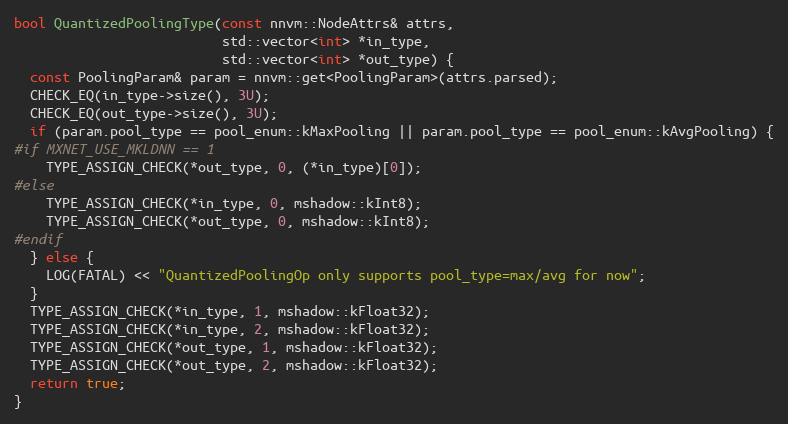
Language: C++
bool QuantizedPoolingType(const nnvm::NodeAttrs& attrs,
                          std::vector<int> *in_type,
                          std::vector<int> *out_type) {
  const PoolingParam& param = nnvm::get<PoolingParam>(attrs.parsed);
  CHECK_EQ(in_type->size(), 3U);
  CHECK_EQ(out_type->size(), 3U);
  if (param.pool_type == pool_enum::kMaxPooling || param.pool_type == pool_enum::kAvgPooling) {
#if MXNET_USE_MKLDNN == 1
    TYPE_ASSIGN_CHECK(*out_type, 0, (*in_type)[0]);
#else
    TYPE_ASSIGN_CHECK(*in_type, 0, mshadow::kInt8);
    TYPE_ASSIGN_CHECK(*out_type, 0, mshadow::kInt8);
#endif
  } else {
    LOG(FATAL) << "QuantizedPoolingOp only supports pool_type=max/avg for now";
  }
  TYPE_ASSIGN_CHECK(*in_type, 1, mshadow::kFloat32);
  TYPE_ASSIGN_CHECK(*in_type, 2, mshadow::kFloat32);
  TYPE_ASSIGN_CHECK(*out_type, 1, mshadow::kFloat32);
  TYPE_ASSIGN_CHECK(*out_type, 2, mshadow::kFloat32);
  return true;
}